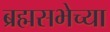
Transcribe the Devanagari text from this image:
ब्रह्मसभेच्या